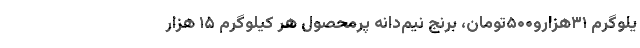
یلوگرم ۳۱هزارو۵۰۰تومان، برنج نیم‌دانه پُرمحصول هر کیلوگرم ۱۵ هزار